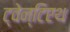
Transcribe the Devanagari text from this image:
ट्वेन्टिएथ